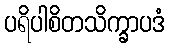
ပရိပါစိတသိက္ခာပဒံ